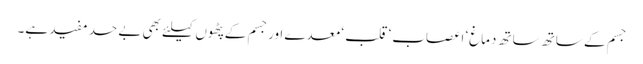
جسم کے ساتھ ساتھ دماغ‘ اعصاب‘ قلب ‘معدے اورجسم کے پٹھوں کیلئے بھی بے حد مفید ہے۔